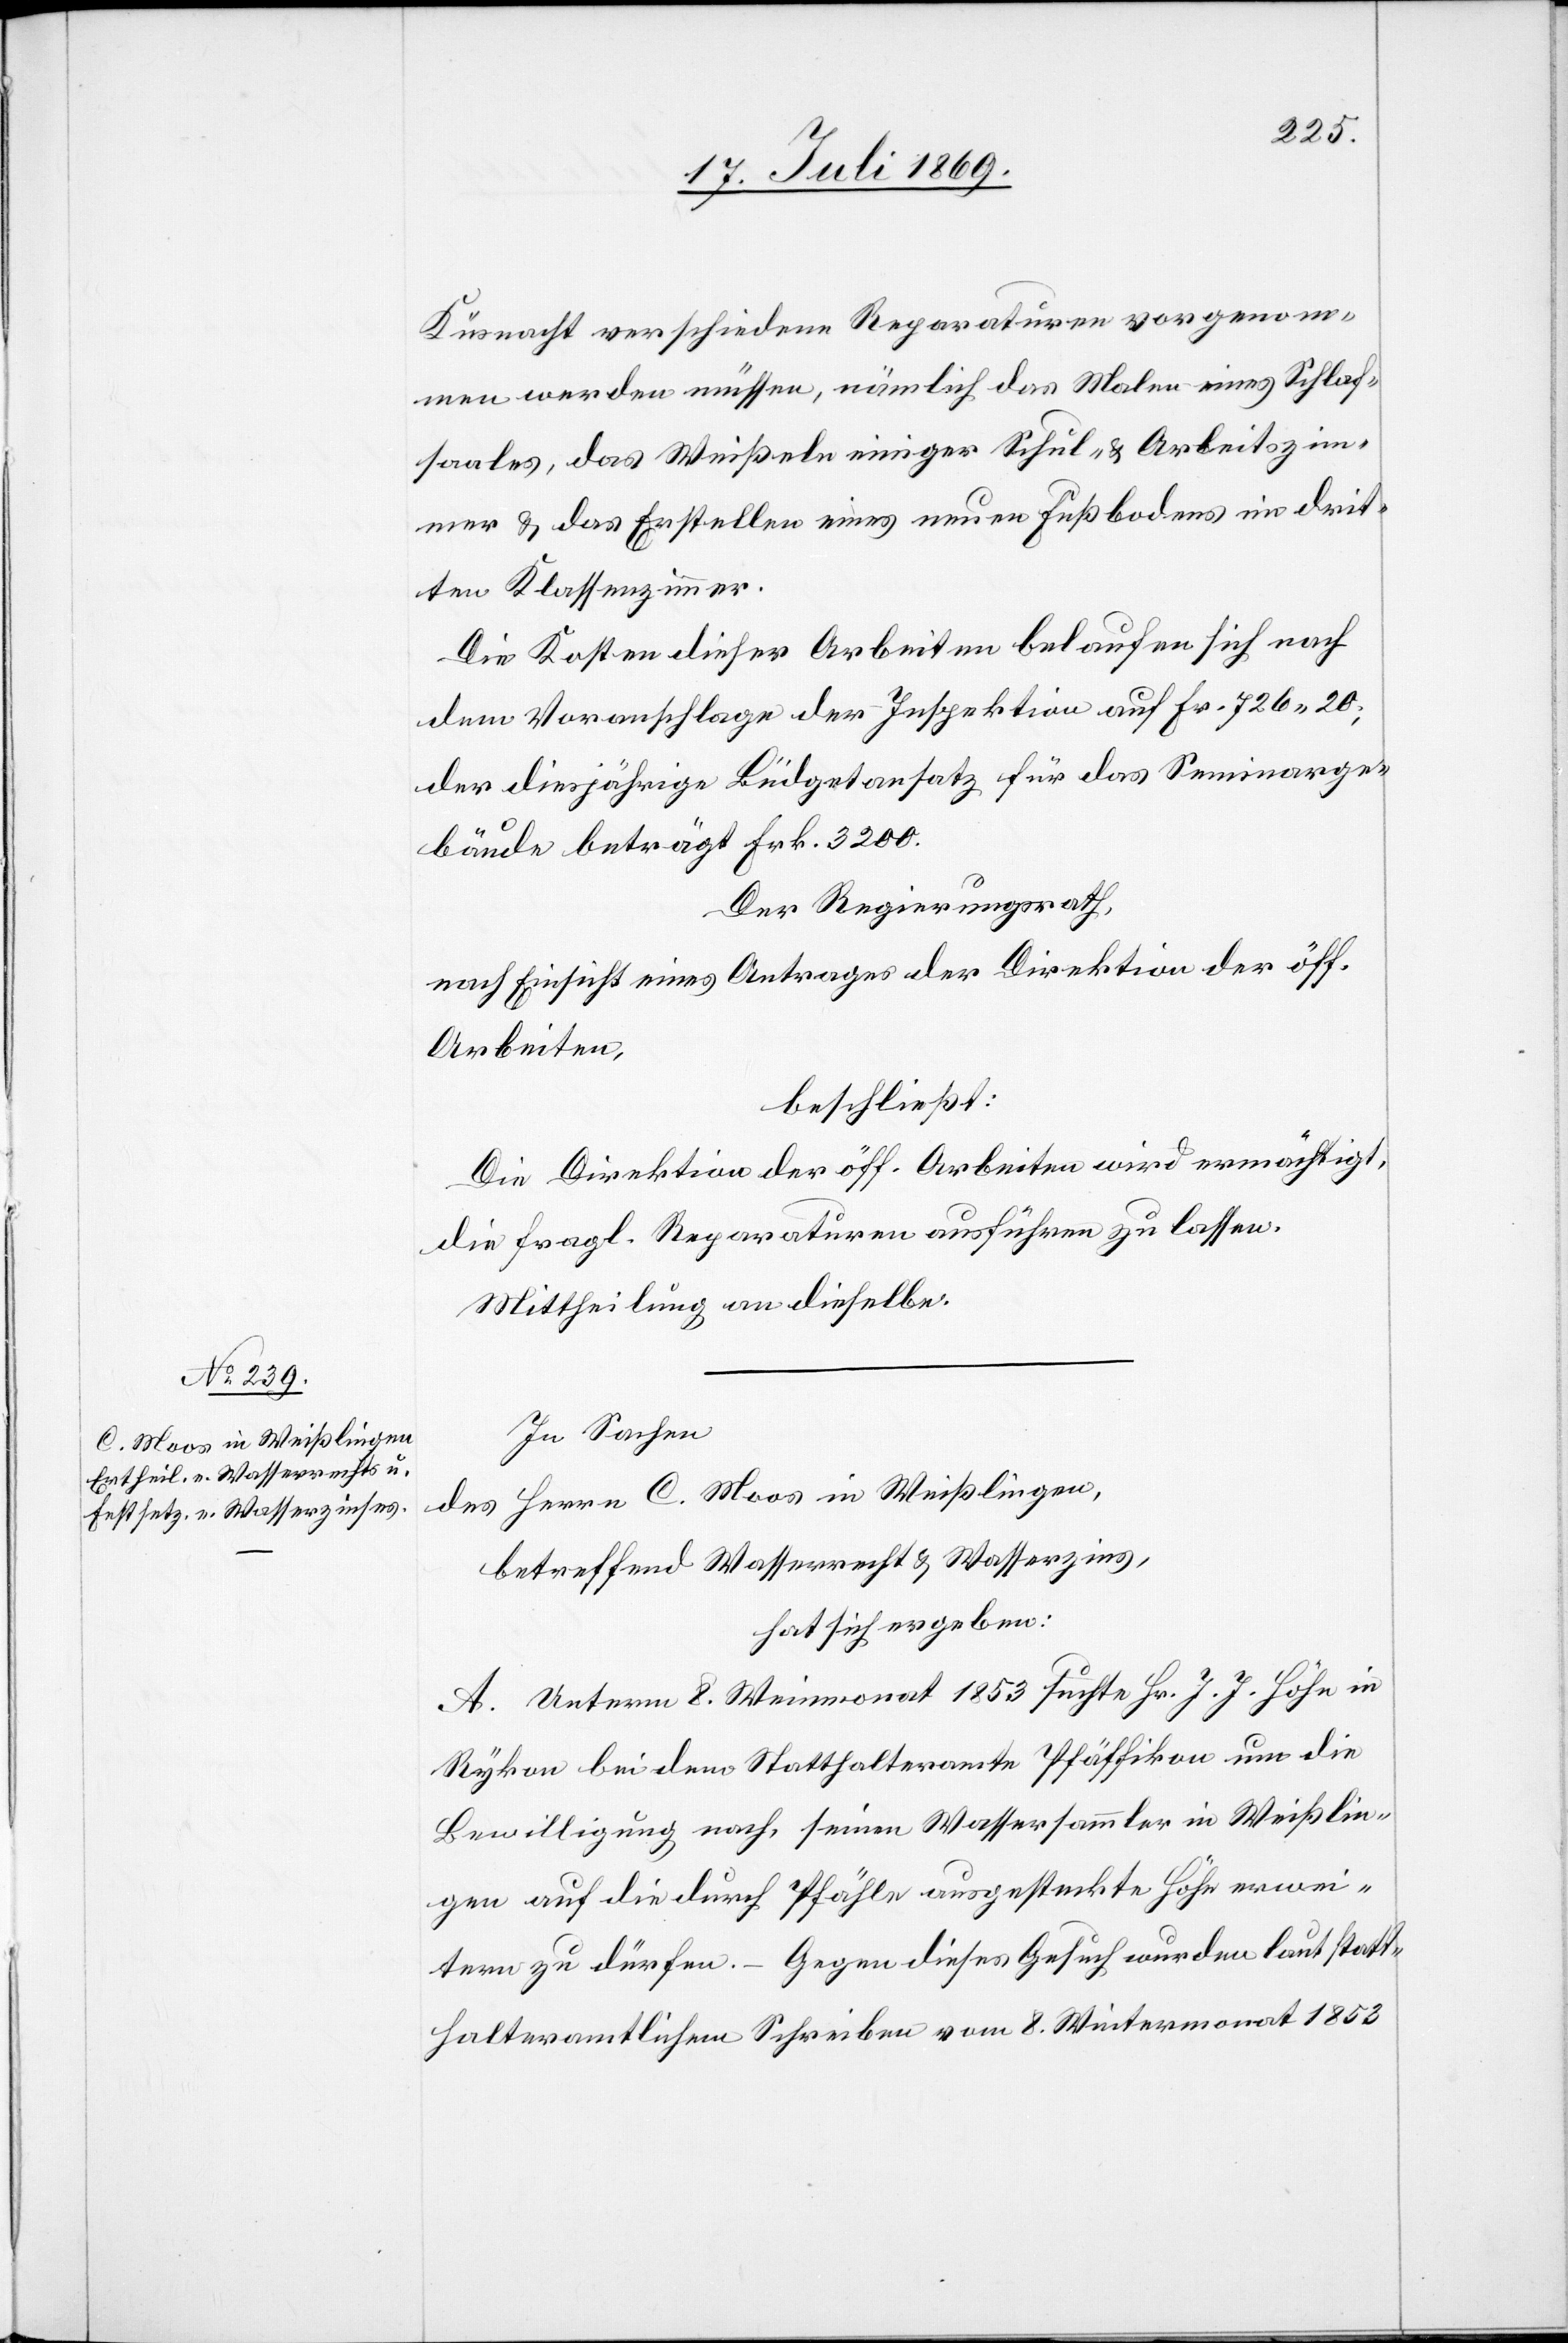
Küsnacht verschiedene Reparaturen vorgenom¬
men werden müssen, nämlich das Malen eines Schlaf¬
saales, das Weißeln einiger Schul-u. Arbeitszim¬
mer u. das Erstellen eines neuen Fußbodens im drit¬
ten Klassenzimmer.
Die Kosten dieser Arbeiten belaufen sich nach
dem Voranschlage der Inspektion auf Fr. 726.20;
der diesjährige Büdgetansatz für das Seminarge¬
bäude beträgt Frk. 3200.
Der Regierungsrath,
nach Einsicht eines Antrages der Direktion der öff.
Arbeiten,
beschließt:
Die Direktion der öff. Arbeiten wird ermächtigt,
die fragl. Reparaturen ausführen zu lassen.
Mittheilung an dieselbe.
In Sachen
des Herrn C. Moos in Weißlingen,
betreffend Wasserrecht u. Wasserzins,
hat sich ergeben:
A. Unterm 8. Weinmonat 1853 suchte Hr. J. J. Höhn in
Rykon bei dem Statthalteramte Pfäffikon um die
Bewilligung nach, seinen Wassersammler in Weißlin¬
gen auf die durch Pfähle ausgesteckte Höhe erwei¬
tern zu dürfen. – Gegen dieses Gesuch wurden laut statt¬
halteramtlichem Schreiben vom 8. Wintermonat 1853